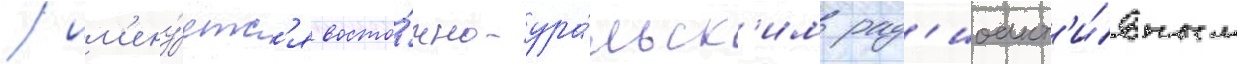
/ им'ену́етс'я восто́чно-ура́льск'им рад'иоакт'и́вным